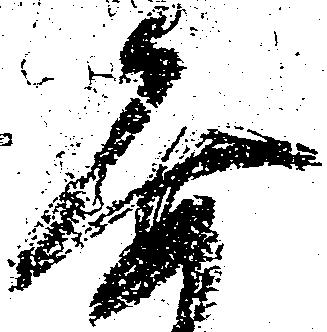
要